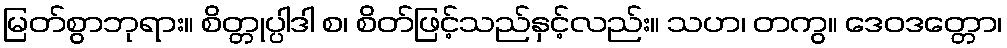
မြတ်စွာဘုရား။ စိတ္တုပ္ပါဒါ စ၊ စိတ်ဖြင့်သည်နှင့်လည်း။ သဟ၊ တကွ။ ဒေဝဒတ္တော၊